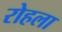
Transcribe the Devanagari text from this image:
रोहला